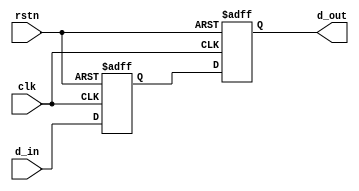
// Copyright 2015-2018 ETH Zurich and University of Bologna.
// Copyright and related rights are licensed under the Solderpad Hardware
// License, Version 0.51 (the "License"); you may not use this file except in
// compliance with the License.  You may obtain a copy of the License at
// http://solderpad.org/licenses/SHL-0.51. Unless required by applicable law
// or agreed to in writing, software, hardware and materials distributed under
// this License is distributed on an "AS IS" BASIS, WITHOUT WARRANTIES OR
// CONDITIONS OF ANY KIND, either express or implied. See the License for the
// specific language governing permissions and limitations under the License.

module dc_synchronizer (clk, rstn, d_in, d_out);

    parameter WIDTH       = 1;
    parameter RESET_VALUE = 'h0;

    input                  clk;
    input                  rstn;
    input  [WIDTH - 1 : 0] d_in;
    output [WIDTH - 1 : 0] d_out;

    reg [WIDTH - 1 : 0]    d_middle;
    reg [WIDTH - 1 : 0]    d_out;

    always @(posedge clk  or negedge rstn)
    begin: update_state
        if (rstn == 1'b0)
        begin
            d_middle <= RESET_VALUE;
            d_out    <= RESET_VALUE;
        end
        else
        begin
            d_middle <= d_in;
            d_out    <= d_middle;
        end
    end

endmodule